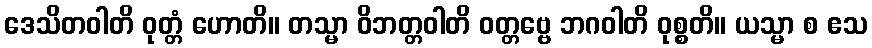
ဒေသိတဝါတိ ဝုတ္တံ ဟောတိ။ တသ္မာ ဝိဘတ္တဝါတိ ဝတ္တဗ္ဗေ ဘဂဝါတိ ဝုစ္စတိ။ ယသ္မာ စ ဧသ